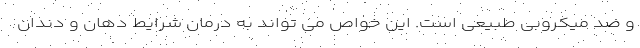
و ضد میکروبی طبیعی است. این خواص می تواند به درمان شرایط دهان و دندان